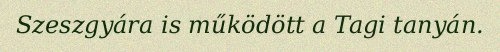
Szeszgyára is működött a Tagi tanyán.